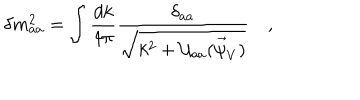
\delta m _ { a a } ^ { 2 } = \int \frac { d k } { 4 \pi } \frac { \delta _ { a a } } { \sqrt { k ^ { 2 } + { \cal U } _ { a a } ( \vec { \psi } _ { V } ) } } \quad ,